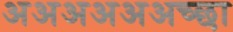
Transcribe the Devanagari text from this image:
अअअअअअच्छा